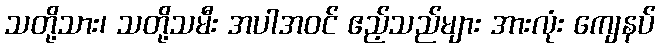
သတို့သား၊ သတို့သမီး အပါအဝင် ဧည့်သည်များ အားလုံး ကျေနပ်